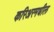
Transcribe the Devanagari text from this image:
करिअरमधील